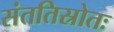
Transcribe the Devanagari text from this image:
संततिस्रोतः